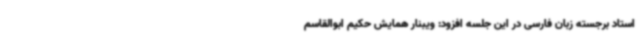
استاد برجسته زبان فارسی در این جلسه افزود: ویبنار همایش حکیم ابوالقاسم